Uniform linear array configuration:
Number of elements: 4
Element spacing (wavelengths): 0.5
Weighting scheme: blackman
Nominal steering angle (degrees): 30
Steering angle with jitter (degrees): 31.004
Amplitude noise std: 0.05
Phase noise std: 0.05

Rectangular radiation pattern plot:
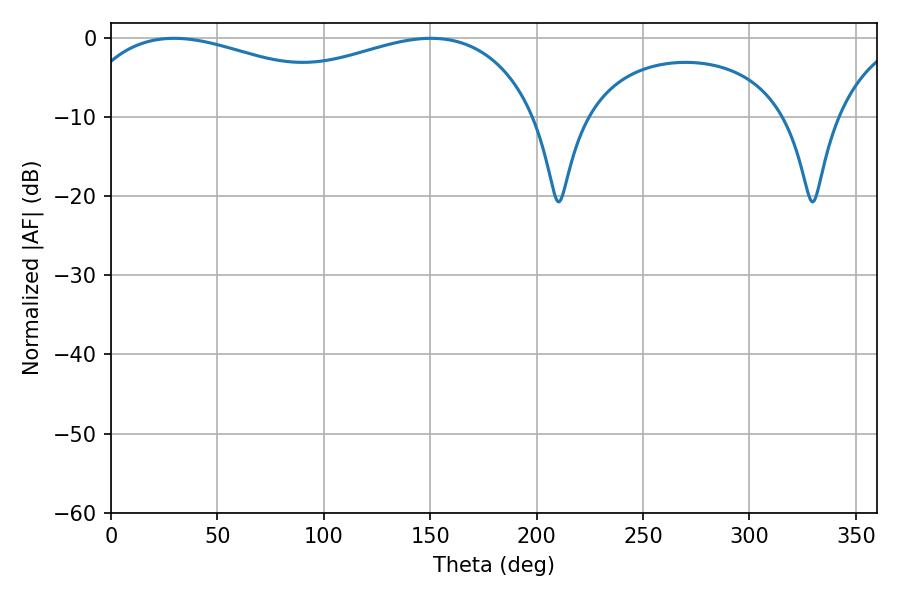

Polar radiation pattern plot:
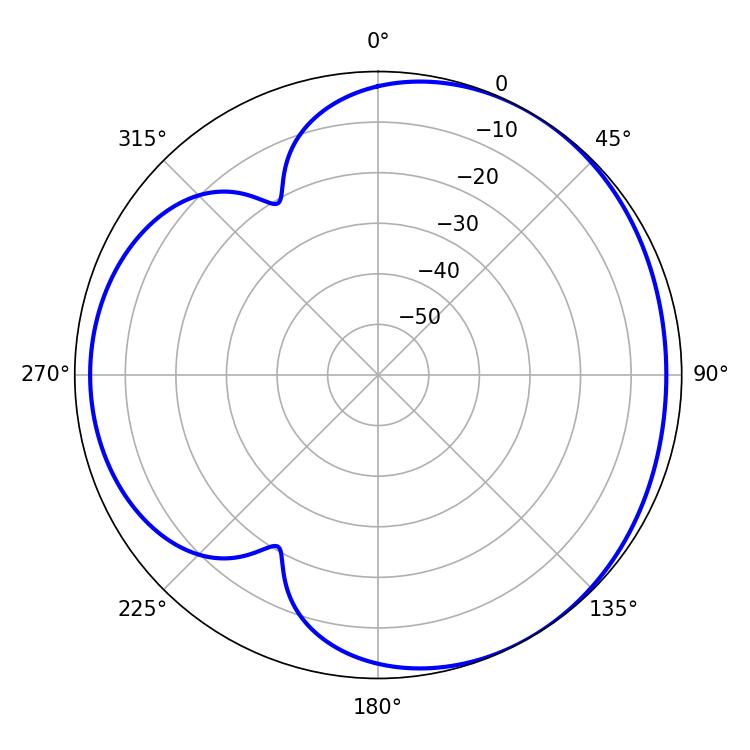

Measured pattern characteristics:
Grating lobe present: FALSE
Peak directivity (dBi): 3.534
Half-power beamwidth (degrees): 85.86
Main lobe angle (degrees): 29.7